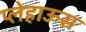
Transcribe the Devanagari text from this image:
प्लेहाऊस